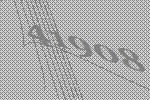
41908